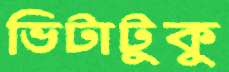
ভিটাটুকু